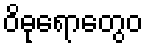
ဝိဓုရောတွေဝ